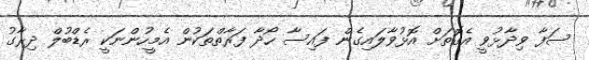
ސަފާ ވިދާޅުވީ އެގޮތަށް އޮޅުވާލައިގެން ފައިސާ ހޯދާ ފަރާތްތަކުން އެމީހުންނަކީ ރެޑްބުލް ދިރާގު